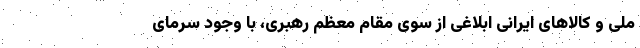
ملی و کالاهای ایرانی ابلاغی از سوی مقام معظم رهبری، با وجود سرمای